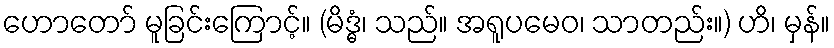
ဟောတော် မူခြင်းကြောင့်။ (မိဒ္ဓံ၊ သည်။ အရူပမေဝ၊ သာတည်း။) ဟိ၊ မှန်။